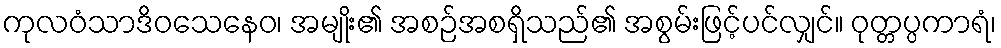
ကုလဝံသာဒိဝသေနေဝ၊ အမျိုး၏ အစဉ်အစရှိသည်၏ အစွမ်းဖြင့်ပင်လျှင်။ ဝုတ္တပ္ပကာရံ၊